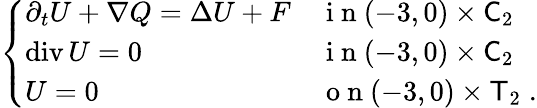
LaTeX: \begin{array}{r}{\left\{ \begin{array}{ll}{\partial_{t}U+\nabla Q=\Delta U+F}&{\mathrm{~i~n~}(-3,0)\times\mathsf C_{2}}\\ {\operatorname{div}U=0}&{\mathrm{~i~n~}(-3,0)\times\mathsf C_{2}}\\ {U=0}&{\mathrm{~o~n~}(-3,0)\times\mathsf T_{2}\; .}\end{array}\right.}\end{array}